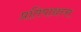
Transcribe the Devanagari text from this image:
प्रतिपाद्यन्त्त